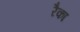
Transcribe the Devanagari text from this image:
रैका